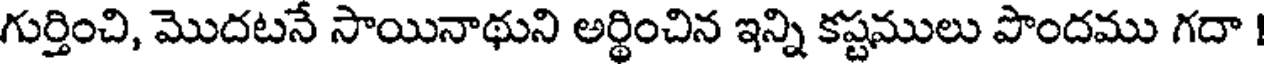
గుర్తించి, మొదటనే సాయినాథుని అర్థించిన ఇన్ని కష్టములు పొందము గదా